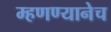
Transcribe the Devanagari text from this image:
म्हणण्यानेच